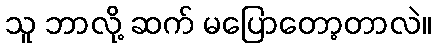
သူ ဘာလို့ ဆက် မပြောတော့တာလဲ။